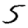
Digit: 5